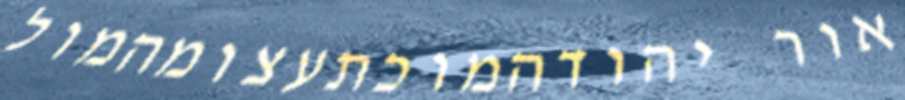
אור יהודהמוכתעצומהמול